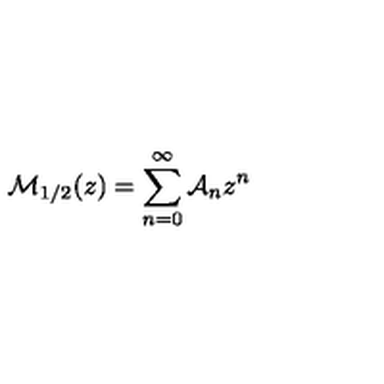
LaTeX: { \cal M } _ { 1 / 2 } ( z ) = \sum _ { n = 0 } ^ { \infty } { \cal A } _ { n } z ^ { n }